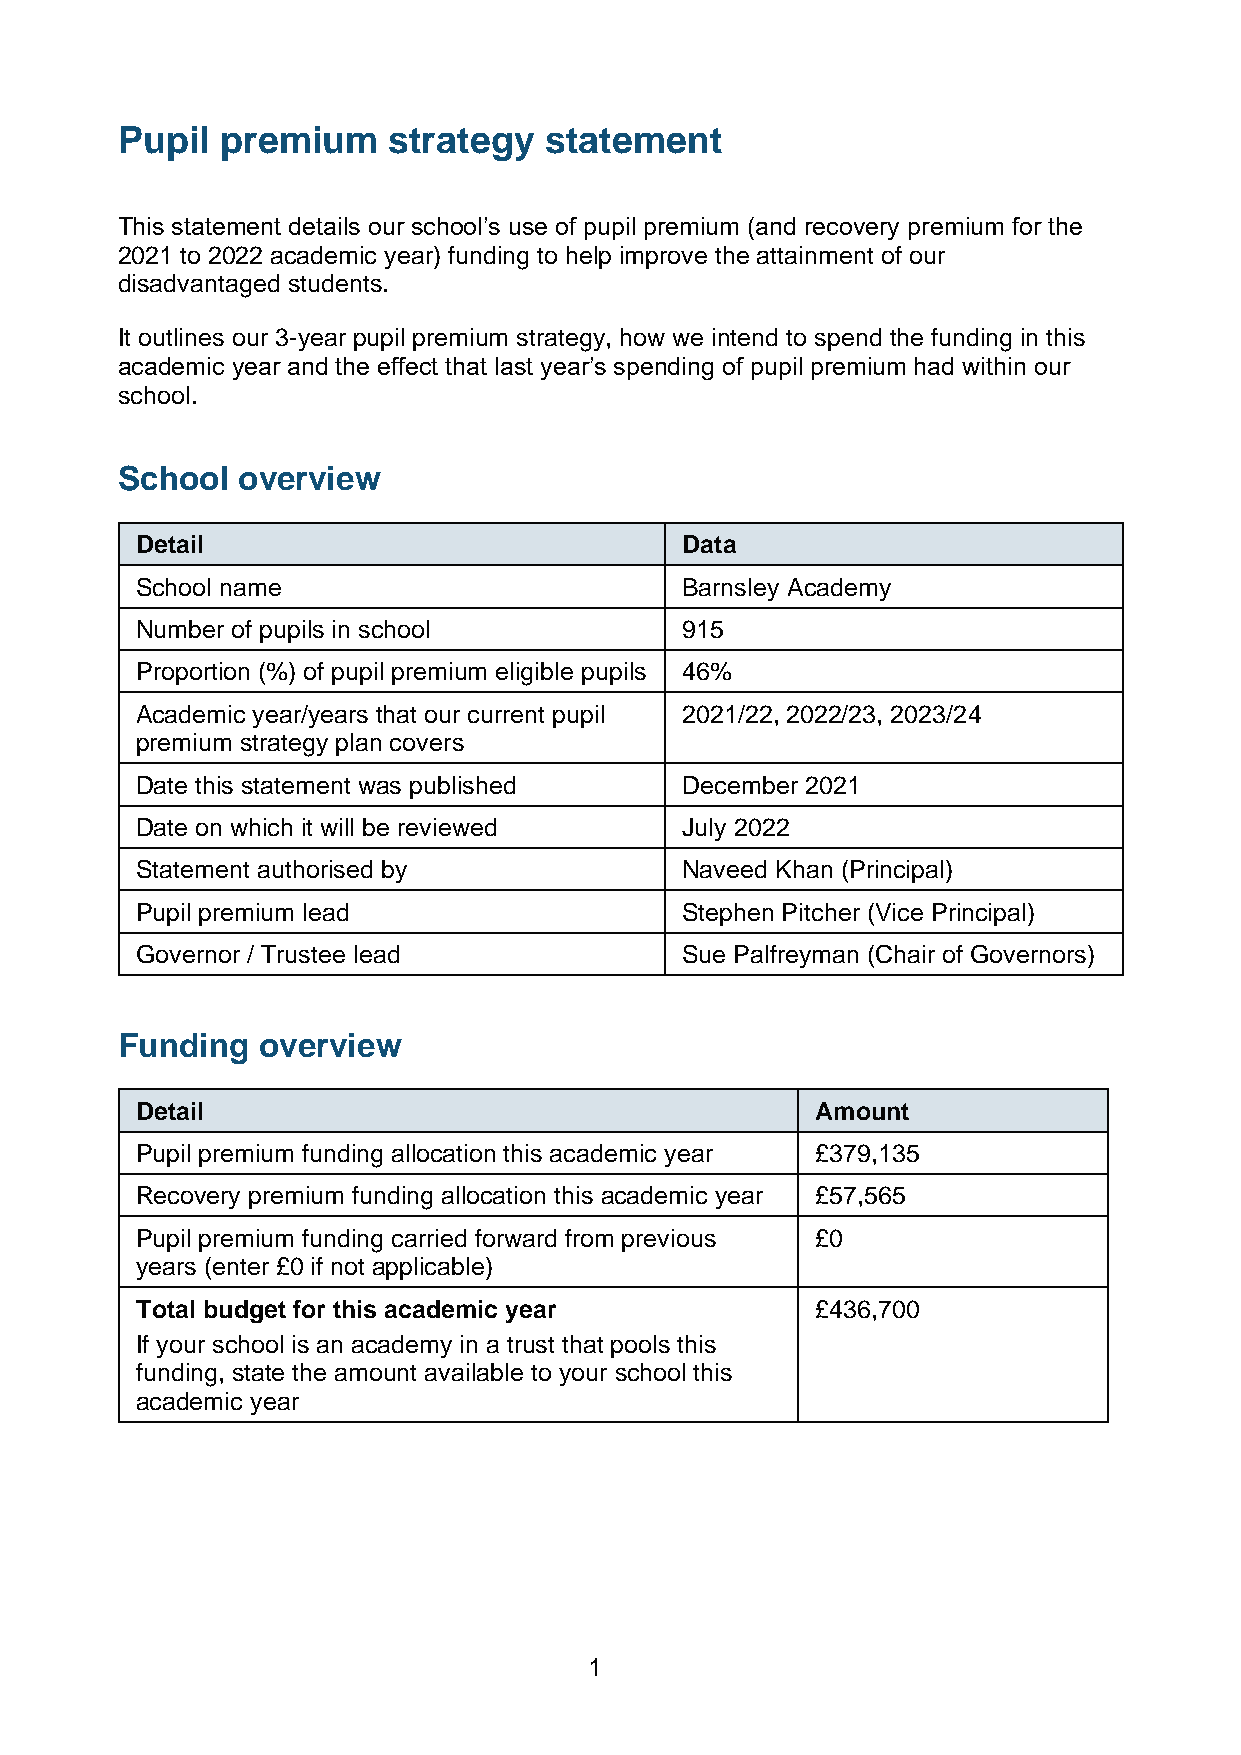
Pupil  premium    strategy  statement
 This statement details our school’s use of pupil premium (and recovery premium for the
 2021 to 2022 academic year) funding to help improve the attainment of our
 disadvantaged students.
 It outlines our 3-year pupil premium strategy, how we intend to spend the funding in this
 academic year and the effect that last year’s spending of pupil premium had within our
 school.
 School  overview
 Detail                              Data
 School name                         Barnsley Academy
 Number of pupils in school          915
 Proportion (%) of pupil premium eligible pupils 46%
 Academic year/years that our current pupil 2021/22, 2022/23, 2023/24
 premium strategy plan covers
 Date this statement was published   December 2021
 Date on which it will be reviewed   July 2022
 Statement authorised by             Naveed Khan (Principal)
 Pupil premium lead                  Stephen Pitcher (Vice Principal)
 Governor / Trustee lead             Sue Palfreyman (Chair of Governors)
 Funding  overview
 Detail                                       Amount
 Pupil premium funding allocation this academic year £379,135
 Recovery premium funding allocation this academic year £57,565
 Pupil premium funding carried forward from previous £0
 years (enter £0 if not applicable)
 Total budget for this academic year          £436,700
 If your school is an academy in a trust that pools this
 funding, state the amount available to your school this
 academic year
 1